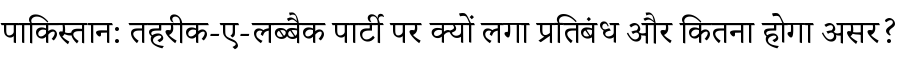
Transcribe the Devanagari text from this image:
पाकिस्तान: तहरीक-ए-लब्बैक पार्टी पर क्यों लगा प्रतिबंध और कितना होगा असर?